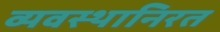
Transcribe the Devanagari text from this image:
व्यवस्थानिरत